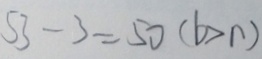
5 3 - 3 = 5 0 ( b > n )